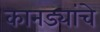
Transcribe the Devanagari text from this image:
कानड्यांचे